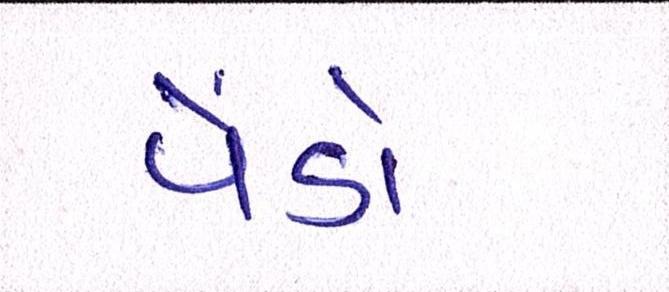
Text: પેંડો